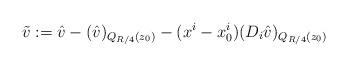
LaTeX: \begin{align*}\tilde v:=\hat v-(\hat v)_{Q_{R/4}(z_0)}-(x^i-x_0^i)(D_i \hat v)_{Q_{R/4}(z_0)}\end{align*}